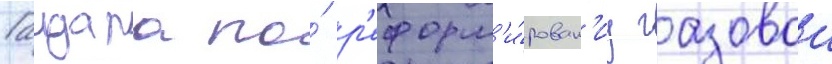
Гаидара по́ р'еформ'и́рован'иу газовои